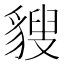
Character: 𧳶